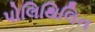
પોલિથિલિન